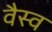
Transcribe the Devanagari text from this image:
वैस्‍व